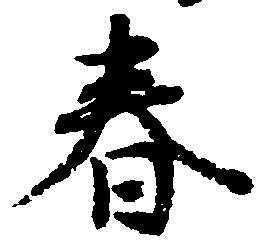
春